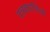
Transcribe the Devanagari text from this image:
पत्रकारीतेची